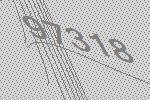
97318